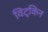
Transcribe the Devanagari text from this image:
विट्किन